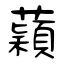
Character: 蘔